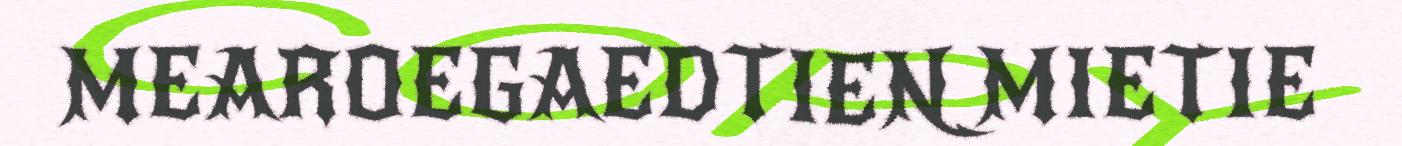
MEAROEGAEDTIEN MIETIE